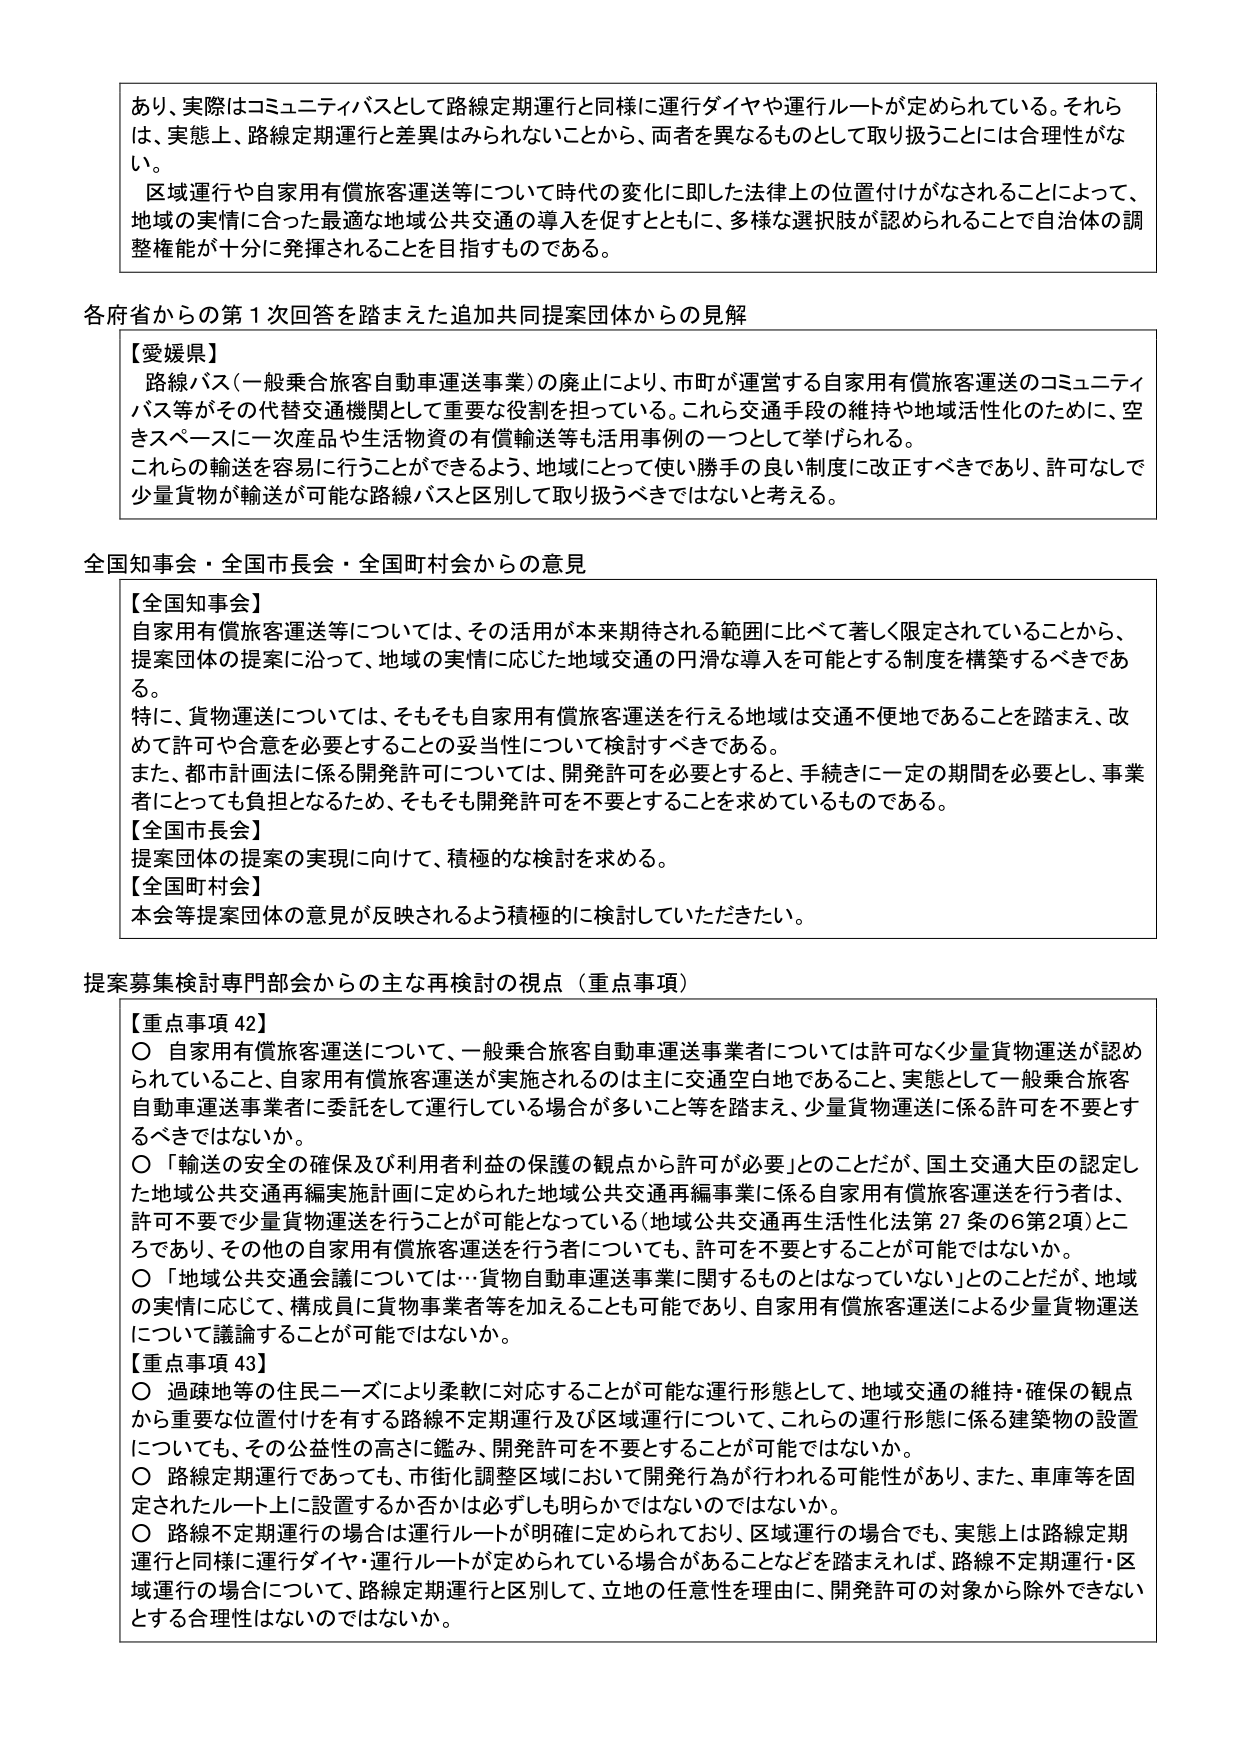
あり、実際はコミュニティバスとして路線定期運行と同様に運行ダイヤや運行ルートが定められている。それらは、実態上、路線定期運行と差異はみられないことから、両者を異なるものとして取り扱うことは合理性がない。

区域運行や自家用有償旅客運送等について時代の変化に即した法律上の位置付けがなされることによって、地域の実情に合った最適な地域公共交通の導入を促すとともに、多様な選択肢が認められることで自治体の調整機能が十分に発揮されることを目指すものである。

各府省からの第１次回答を踏まえた追加共同提案団体からの見解

【愛媛県】
路線バス（一般乗合旅客自動車運送事業）の廃止により、市町が運営する自家用有償旅客運送のコミュニティバス等がその代替交通機関として重要な役割を担っている。これら交通手段の維持や地域活性化のために、空きスペースに一次産品や生活物資の有償輸送等も活用事例の一つとして挙げられる。
これらの輸送を容易に行うことができるよう、地域にとって使い勝手の良い制度に改正すべきであり、許可なしで少量貨物が輸送が可能な路線バスと区別して取り扱うべきではないと考える。

全国知事会・全国市長会・全国町村会からの意見

【全国知事会】
自家用有償旅客運送等については、その活用が本来期待される範囲に比べて著しく限定されていることから、提案団体の提案に沿って、地域の実情に応じた地域交通の円滑な導入を可能とする制度を構築するべきである。
特に、貨物運送については、そもそも自家用有償旅客運送を行える地域は交通不便地であることを踏まえ、改めて許可や合意を必要とすることの妥当性について検討すべきである。
また、都市計画法に係る開発許可については、開発許可を必要とすると、手続きに一定の期間を必要とし、事業者にとっても負担となるため、そもそも開発許可を不要とすることを求めているものである。

【全国市長会】
提案団体の提案の実現に向けて、積極的な検討を求める。

【全国町村会】
本会等提案団体の意見が反映されるよう積極的に検討していただきたい。

提案募集検討専門部会からの主な再検討の視点（重点事項）

【重点事項42】
〇 自家用有償旅客運送について、一般乗合旅客自動車運送事業者については許可なく少量貨物運送が認められていること、自家用有償旅客運送が実施されるのは主に交通空白地であること、実態として一般乗合旅客自動車運送事業者に委託をして運行している場合が多いこと等を踏まえ、少量貨物運送に係る許可を不要とするべきではないか。
〇 「輸送の安全の確保及び利用者利益の保護の観点から許可が必要」とのことだが、国土交通大臣の認定した地域公共交通再編実施計画に定められた地域公共交通再編事業に係る自家用有償旅客運送を行う者は、許可不要で少量貨物運送を行うことが可能となっている（地域公共交通再生活性化法第27条の6第2項）ところであり、その他の自家用有償旅客運送を行う者についても、許可を不要とすることが可能ではないか。
〇 「地域公共交通会議については…貨物自動車運送事業に関するものとはなっていない」とのことだが、地域の実情に応じて、構成員に貨物事業者等を加えることも可能であり、自家用有償旅客運送による少量貨物運送について議論することが可能ではないか。

【重点事項43】
〇 過疎地等の住民ニーズにより柔軟に対応することが可能な運行形態として、地域交通の維持・確保の観点から重要な位置付けを有する路線不定期運行及び区域運行について、これらの運行形態に係る建築物の設置についても、その公益性の高さに鑑み、開発許可を不要とすることが可能ではないか。
〇 路線定期運行であっても、市街化調整区域において開発行為が行われる可能性があり、また、車庫等を固定されたルート上に設置するか否かは必ずしも明らかではないのではないか。
〇 路線不定期運行の場合は運行ルートが明確に定められており、区域運行の場合でも、実態上は路線定期運行と同様に運行ダイヤ・運行ルートが定められている場合があることなどを踏まえれば、路線不定期運行・区域運行の場合について、路線定期運行と区別して、立地の任意性を理由に、開発許可の対象から除外できないとする合理性はないのではないか。